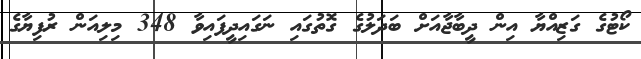
ކޯޓުގެ ގަޒިއްޔާ އިން ދީބާޖާއަށް ބަދަލުގެ ގޮތުގައި ނަގައިދީފައިވާ 348 މިލިއަން ރުފިޔާގެ